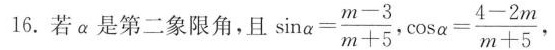
16.若\alpha 是第二象限角，且$$\sin \alpha = \frac { m - 3 } { m + 5 }$$ ， $$\cos \alpha = \frac { 4 - 2 m } { m + 5 }$$，